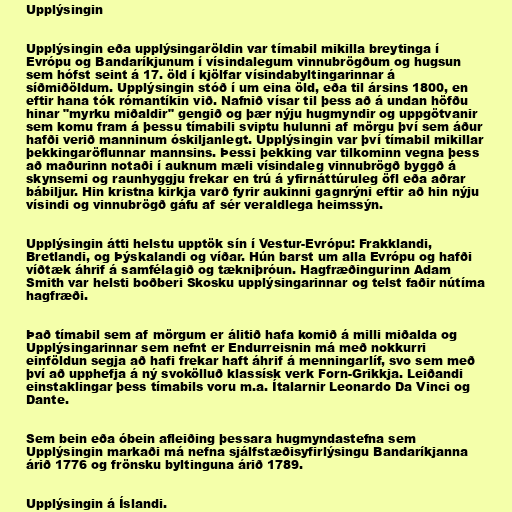
Upplýsingin

Upplýsingin eða upplýsingaröldin var tímabil mikilla breytinga í
Evrópu og Bandaríkjunum í vísindalegum vinnubrögðum og hugsun
sem hófst seint á 17. öld í kjölfar vísindabyltingarinnar á
síðmiðöldum. Upplýsingin stóð í um eina öld, eða til ársins 1800, en
eftir hana tók rómantíkin við. Nafnið vísar til þess að á undan höfðu
hinar "myrku miðaldir" gengið og þær nýju hugmyndir og uppgötvanir
sem komu fram á þessu tímabili sviptu hulunni af mörgu því sem áður
hafði verið manninum óskiljanlegt. Upplýsingin var því tímabil mikillar
þekkingaröflunnar mannsins. Þessi þekking var tilkominn vegna þess
að maðurinn notaði í auknum mæli vísindaleg vinnubrögð byggð á
skynsemi og raunhyggju frekar en trú á yfirnáttúruleg öfl eða aðrar
bábiljur. Hin kristna kirkja varð fyrir aukinni gagnrýni eftir að hin nýju
vísindi og vinnubrögð gáfu af sér veraldlega heimssýn.

Upplýsingin átti helstu upptök sín í Vestur-Evrópu: Frakklandi,
Bretlandi, og Þýskalandi og víðar. Hún barst um alla Evrópu og hafði
víðtæk áhrif á samfélagið og tækniþróun. Hagfræðingurinn Adam
Smith var helsti boðberi Skosku upplýsingarinnar og telst faðir nútíma
hagfræði.

Það tímabil sem af mörgum er álitið hafa komið á milli miðalda og
Upplýsingarinnar sem nefnt er Endurreisnin má með nokkurri
einföldun segja að hafi frekar haft áhrif á menningarlíf, svo sem með
því að upphefja á ný svokölluð klassísk verk Forn-Grikkja. Leiðandi
einstaklingar þess tímabils voru m.a. Ítalarnir Leonardo Da Vinci og
Dante.

Sem bein eða óbein afleiðing þessara hugmyndastefna sem
Upplýsingin markaði má nefna sjálfstæðisyfirlýsingu Bandaríkjanna
árið 1776 og frönsku byltinguna árið 1789.

Upplýsingin á Íslandi.